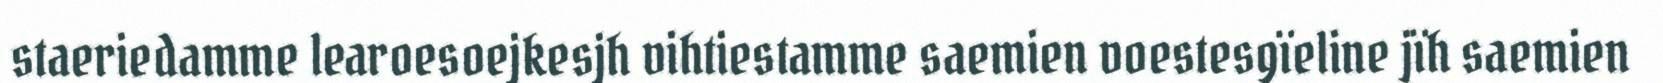
staeriedamme learoesoejkesjh vihtiestamme saemien voestesgïeline jïh saemien